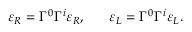
\varepsilon _ { R } = \Gamma ^ { 0 } \Gamma ^ { i } \varepsilon _ { R } , \ \ \ \ \ \varepsilon _ { L } = \Gamma ^ { 0 } \Gamma ^ { i } \varepsilon _ { L } .